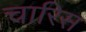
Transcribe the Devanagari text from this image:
चारिस